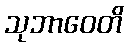
သုဘာဝေတိ